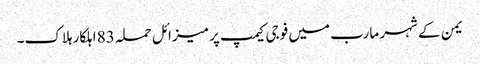
یمن کے شہر مارب میں فوجی کیمپ پر میزائل حملہ 83 اہلکار ہلاک۔